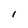
Character: l